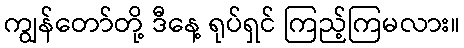
ကျွန်တော်တို့ ဒီနေ့ ရုပ်ရှင် ကြည့်ကြမလား။